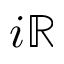
i \mathbb { R }